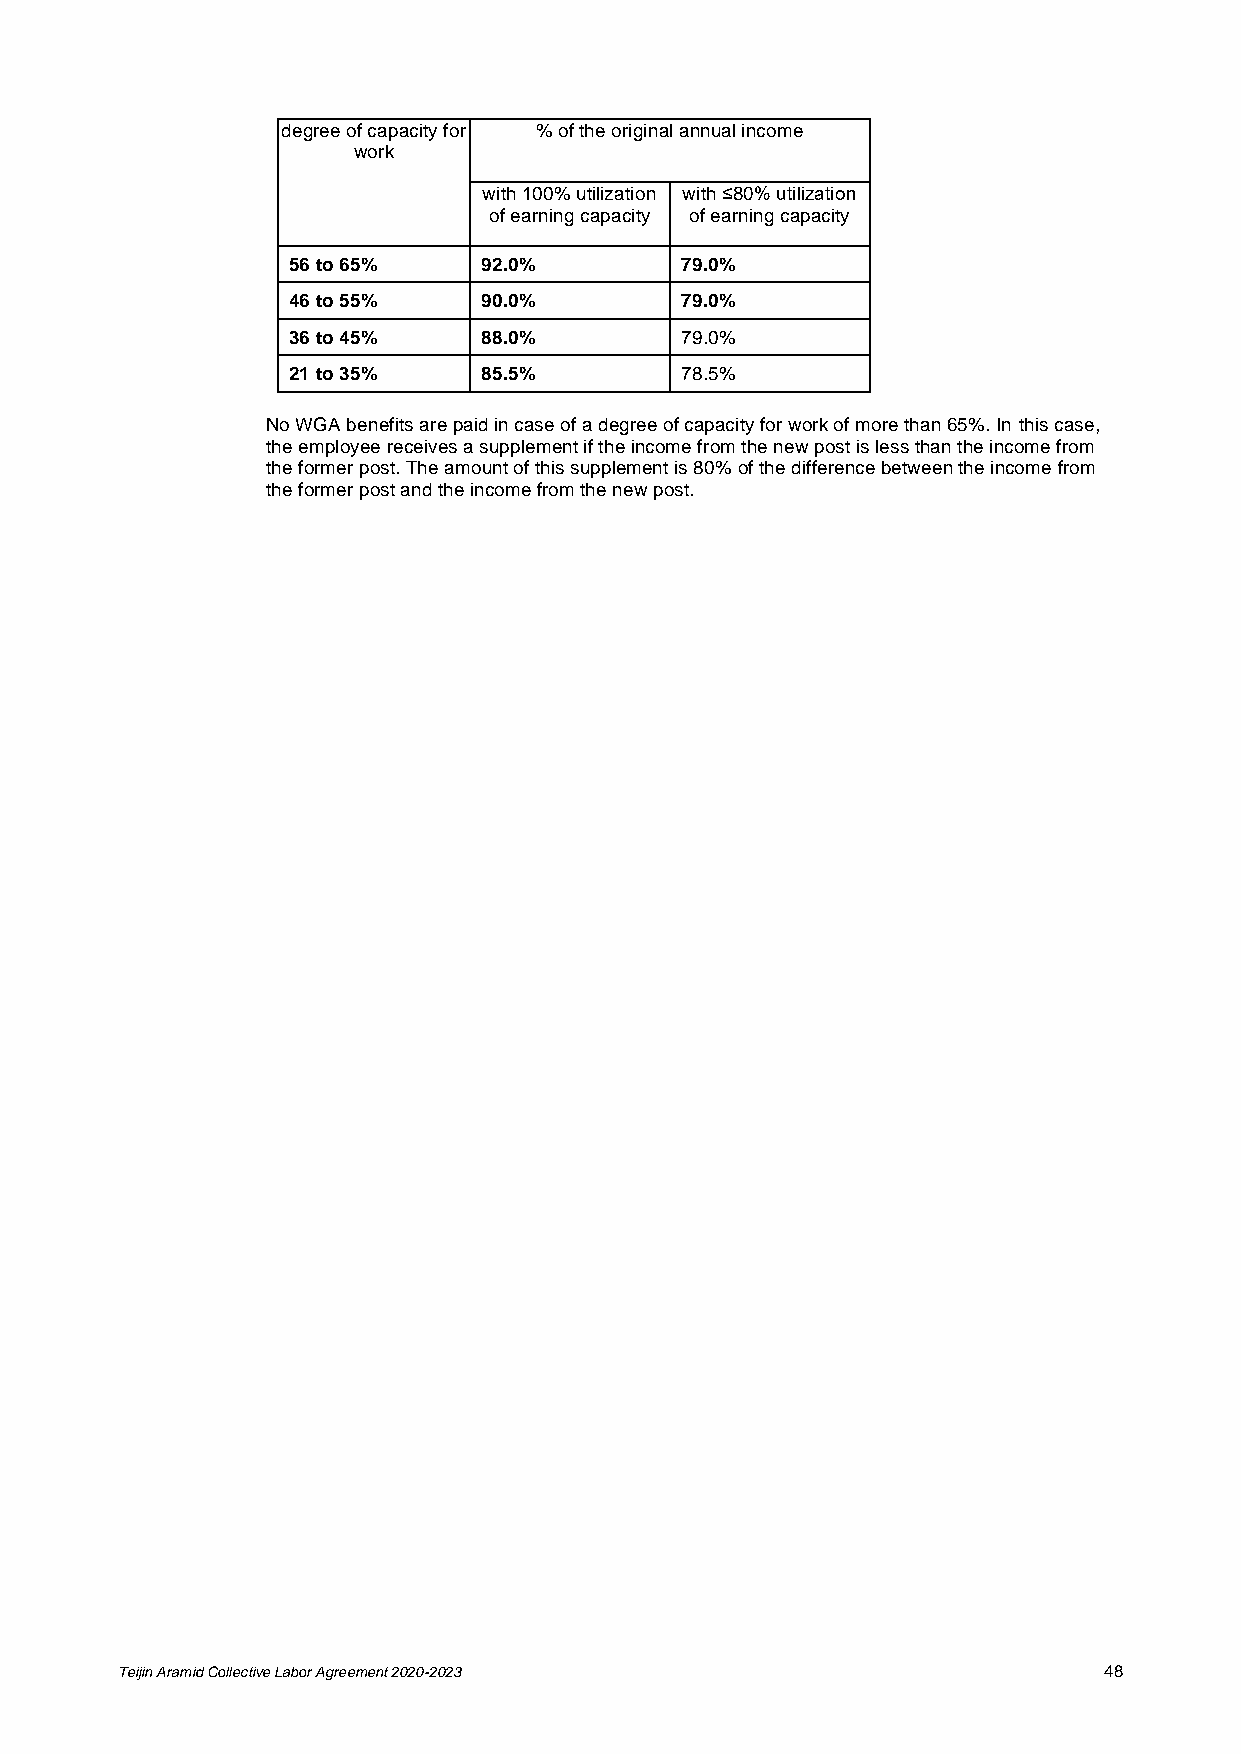
degree of capacity for % of the original annual income
 work
 with 100% utilization with ≤80% utilization
 of earning capacity of earning capacity
 56 to 65%    92.0%        79.0%
 46 to 55%    90.0%        79.0%
 36 to 45%    88.0%        79.0%
 21 to 35%    85.5%        78.5%
 No WGA benefits are paid in case of a degree of capacity for work of more than 65%. In this case,
 the employee receives a supplement if the income from the new post is less than the income from
 the former post. The amount of this supplement is 80% of the difference between the income from
 the former post and the income from the new post.
 Teijin Aramid Collective Labor Agreement 2020-2023               48